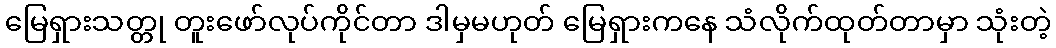
မြေရှားသတ္တု တူးဖော်လုပ်ကိုင်တာ ဒါမှမဟုတ် မြေရှားကနေ သံလိုက်ထုတ်တာမှာ သုံးတဲ့